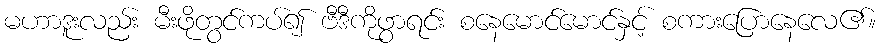
မဟာဒူးလည်း မီးဖိုတွင်ကပ်၍ ဗီဒီကိုဖွာရင်း စနေမောင်မောင်နှင့် စကားပြောနေလေ၏။